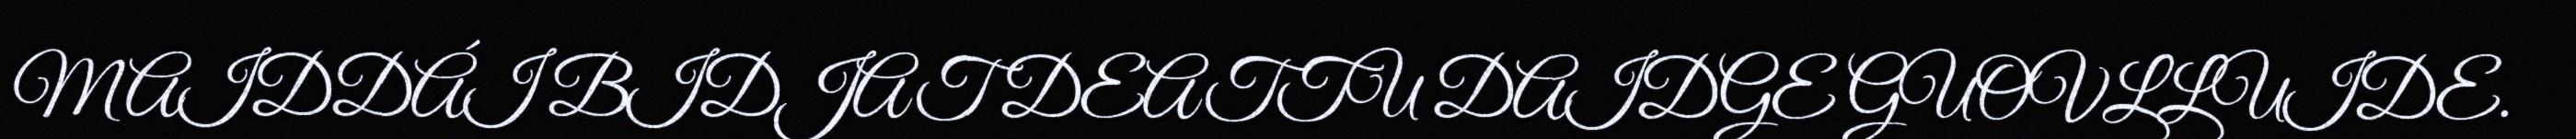
MAIDDÁI BIDJAT DEATTU DAIDGE GUOVLLUIDE.